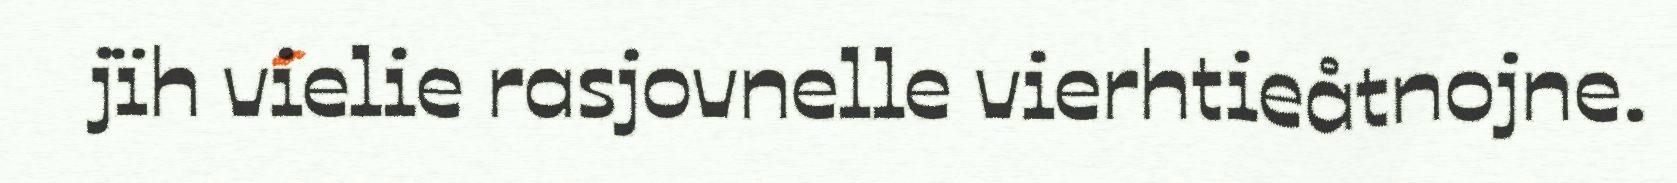
jïh vielie rasjovnelle vierhtieåtnojne.